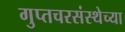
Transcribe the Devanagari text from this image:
गुप्तचरसंस्थेच्या